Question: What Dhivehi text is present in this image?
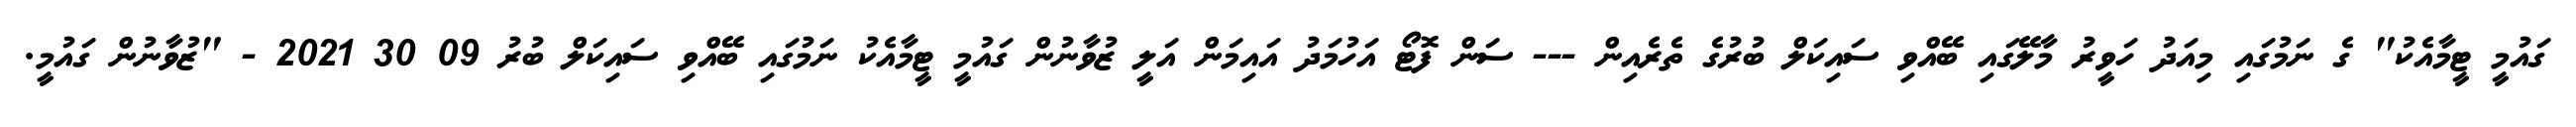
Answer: ގައުމީ ޓީމާއެކު" ގެ ނަމުގައި މިއަދު ހަވީރު މާލޭގައި ބޭއްވި ސައިކަލް ބުރުގެ ތެރެއިން --- ސަން ފޮޓޯ އަހުމަދު އައިމަން އަލީ ޒުވާނުން ގައުމީ ޓީމާއެކު ނަމުގައި ބޭއްވި ސައިކަލް ބުރު 09 30 2021 - "ޒުވާނުން ގައުމީ.